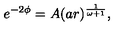
e ^ { - 2 \phi } = A ( a r ) ^ { \frac { 1 } { \omega + 1 } } ,